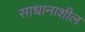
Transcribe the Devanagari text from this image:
साधानाशील